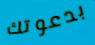
بدعوتك